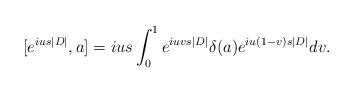
LaTeX: \begin{align*}[e^{ius|D|},a]=ius\int_0^1e^{iuvs|D|}\delta(a)e^{iu(1-v)s|D|}dv.\end{align*}